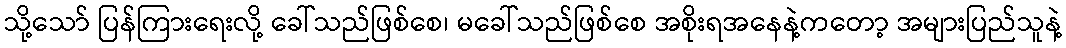
သို့သော် ပြန်ကြားရေးလို့ ခေါ်သည်ဖြစ်စေ၊ မခေါ်သည်ဖြစ်စေ အစိုးရအနေနဲ့ကတော့ အများပြည်သူနဲ့